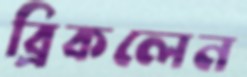
ব্রিকলেন